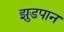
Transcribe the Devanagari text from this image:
झुडपान